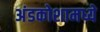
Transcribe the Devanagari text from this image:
अंडकोशामध्ये